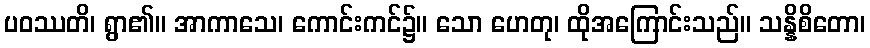
ပဝဿတိ၊ ရွာ၏။ အာကာသေ၊ ကောင်းကင်၌။ သော ဟေတု၊ ထိုအကြောင်းသည်။ သန္နိစိတော၊